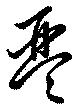
琴